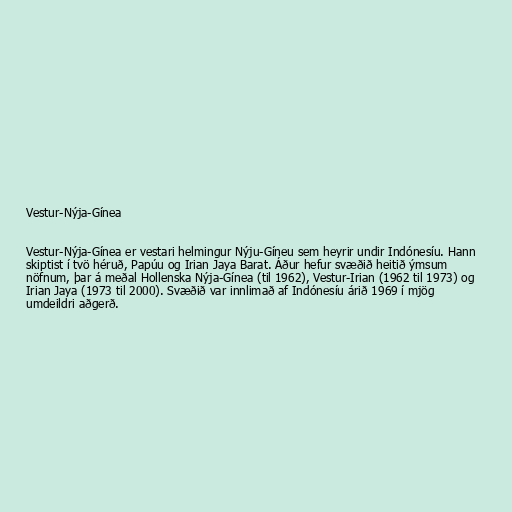
Vestur-Nýja-Gínea

Vestur-Nýja-Gínea er vestari helmingur Nýju-Gíneu sem heyrir undir Indónesíu. Hann
skiptist í tvö héruð, Papúu og Irian Jaya Barat. Áður hefur svæðið heitið ýmsum
nöfnum, þar á meðal Hollenska Nýja-Gínea (til 1962), Vestur-Irian (1962 til 1973) og
Irian Jaya (1973 til 2000). Svæðið var innlimað af Indónesíu árið 1969 í mjög
umdeildri aðgerð.